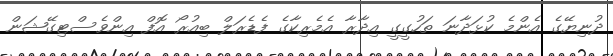
ދުނިޔޭގެ އެންމެ ކުޅަދާނަ ތަހުގީގީ އިދާރާ އެމެރިކާގެ ފެޑެރަލް ބިއުރޯ އޮފް އިންވެސްޓިގޭޝަން